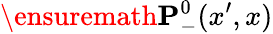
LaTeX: \ensuremath{\mathbf{P}}_{-}^{0}(x^{\prime},x)